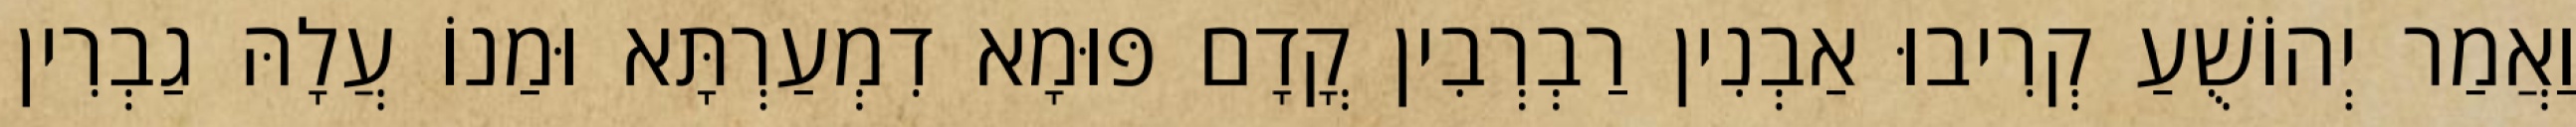
וַאֲמַר יְהוֹשֻׁעַ קְרִיבוּ אַבְנִין רַבְרְבִין קֳדָם פּוּמָא דִמְעַרְתָּא וּמַנוֹ עֲלָהּ גַבְרִין